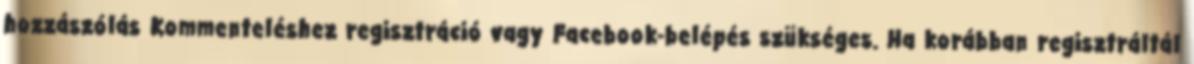
hozzászólás Kommenteléshez regisztráció vagy Facebook-belépés szükséges. Ha korábban regisztráltál